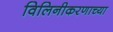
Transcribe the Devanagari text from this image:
विलिनीकरणाच्या